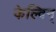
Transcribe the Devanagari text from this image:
केल्विन्